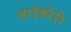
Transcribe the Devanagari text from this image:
लाईब्ररेरी